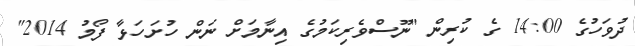
ދުވަހުގެ 14:00 ގެ ކުރިން "ނޫސްވެރިކަމުގެ އިނާމަށް ނަން ހުށަހަޅާ ފޯމު 2014"